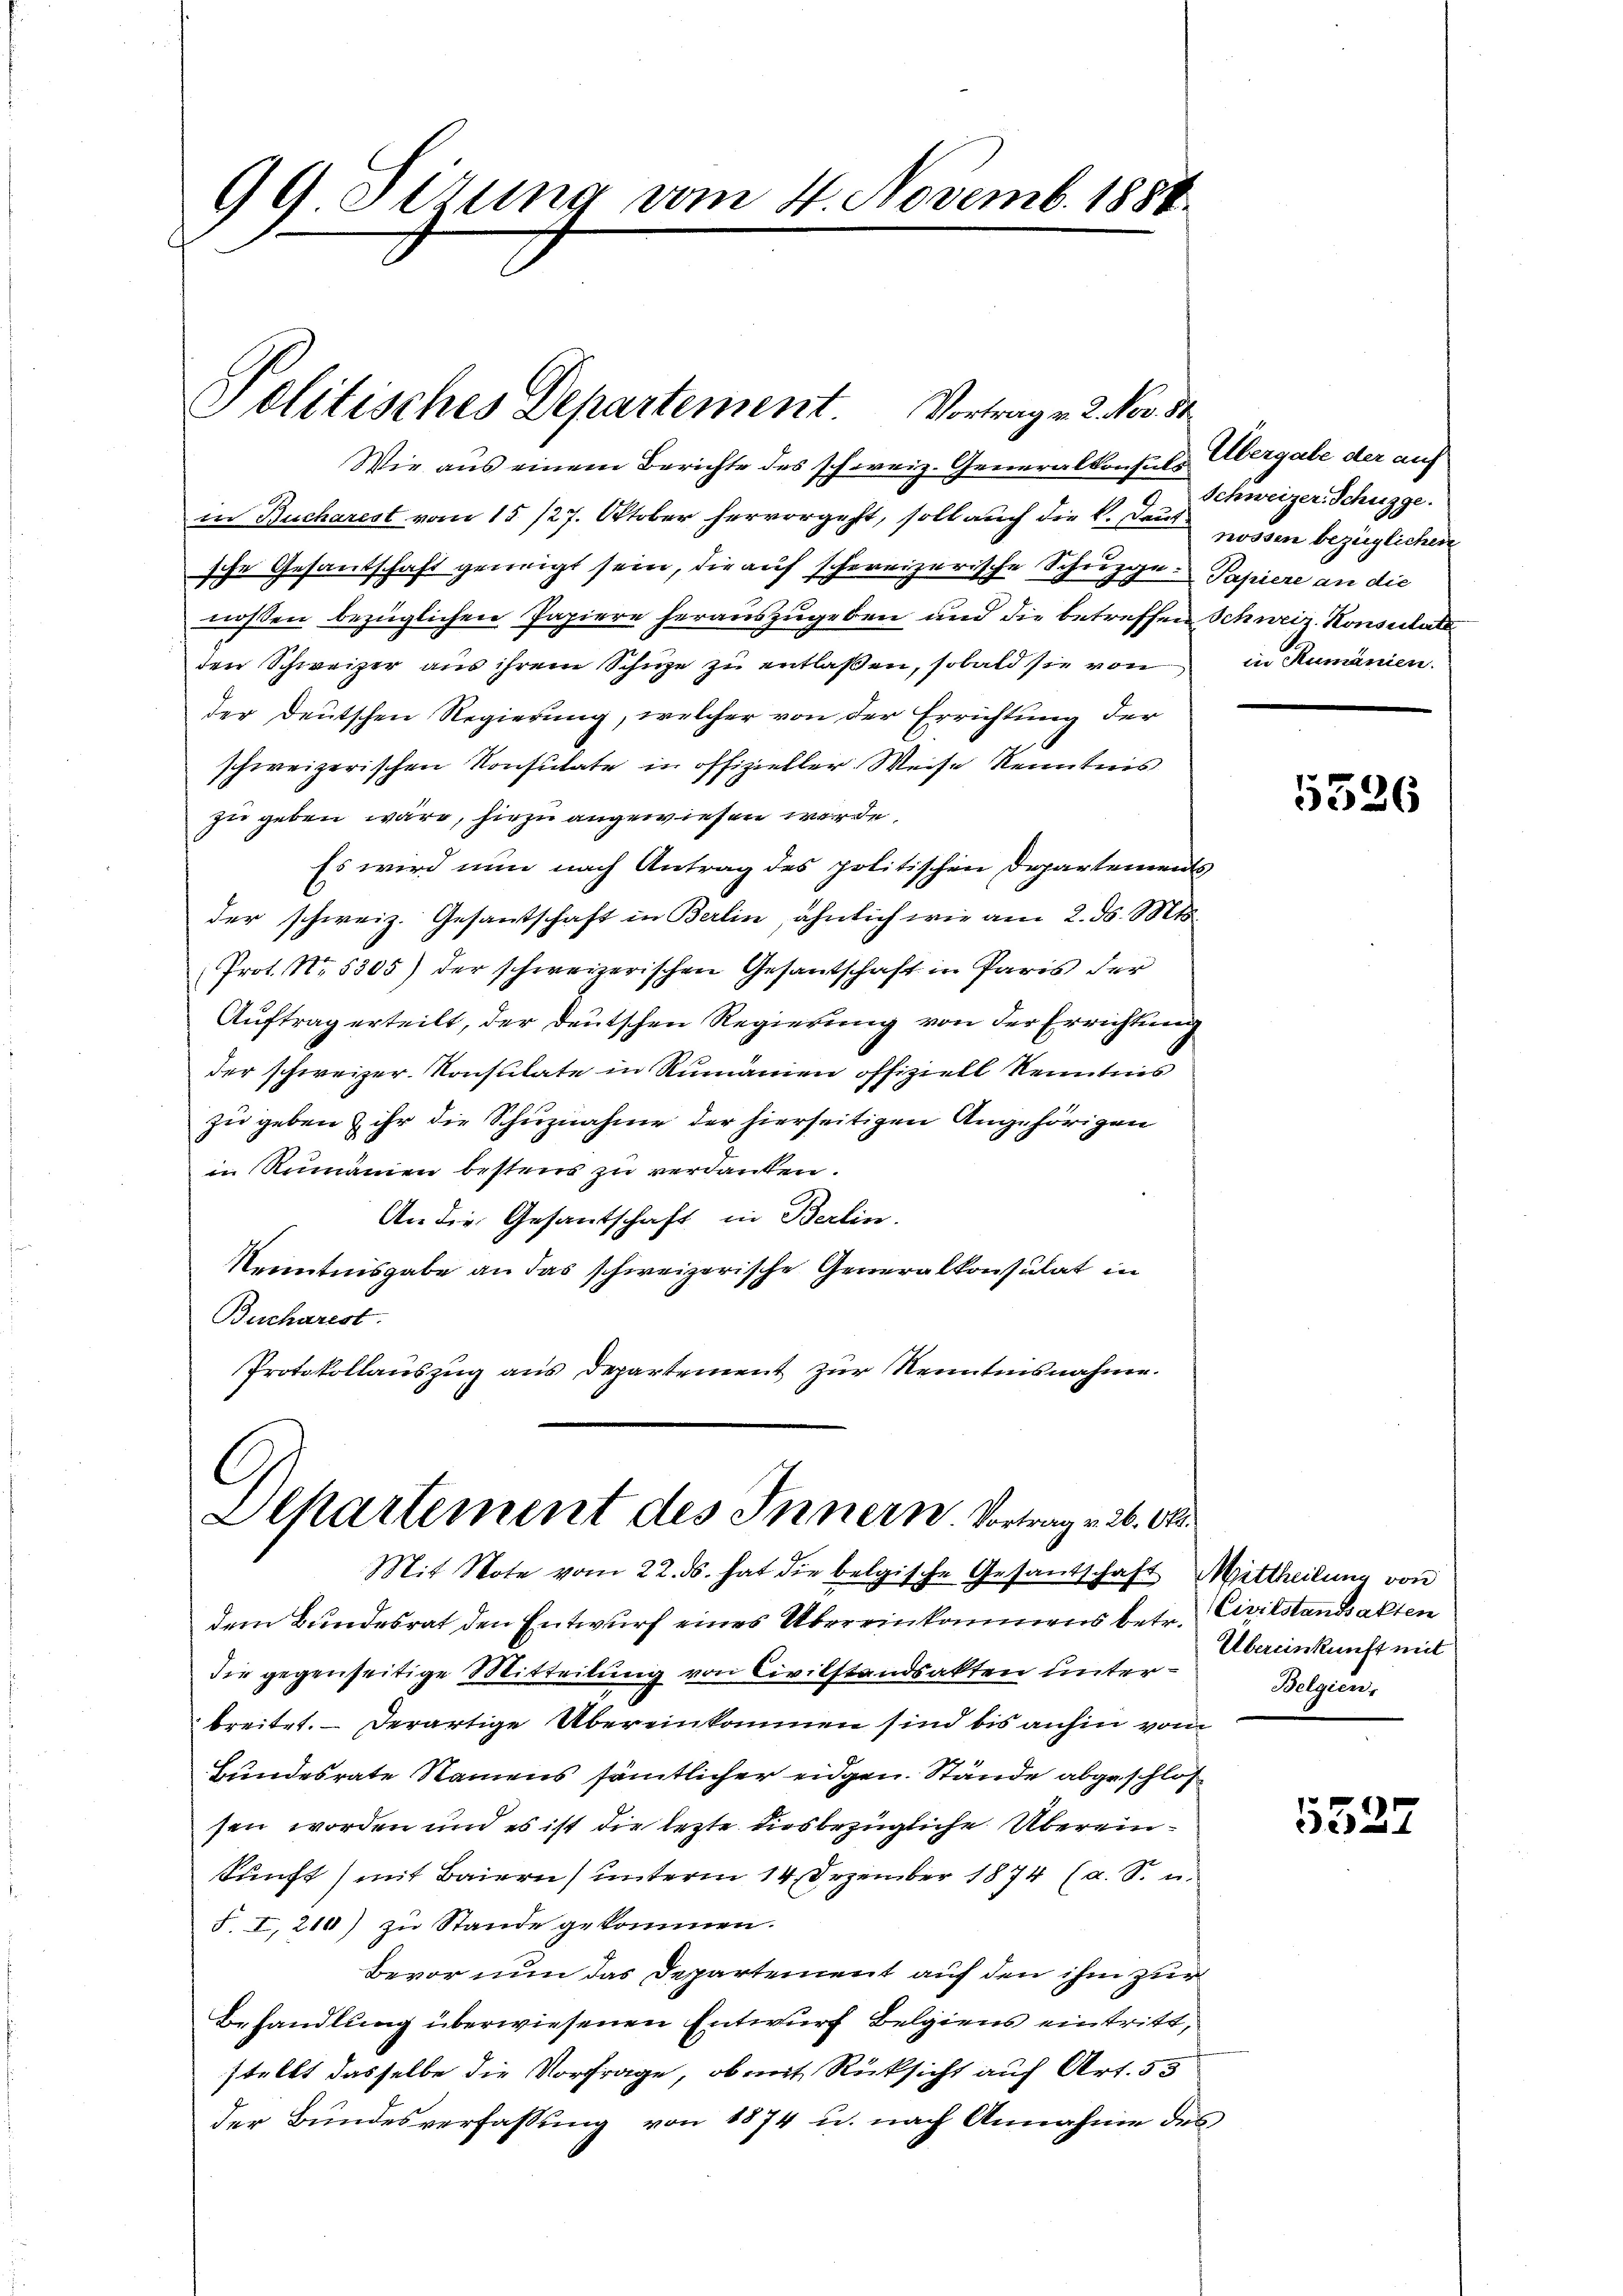
99 Sirung vom 4. Novemb. 1888.

Wie aus einem Berichte des schweiz. Generalkonsuls Übergabe der auf
in Bucharest vom 15. 127. Oktober hervorgeht, soll auch die k. Kassen bezüglichen
sche Gesandschaft geneigt sein, die auf schweizerische Schuzge. Papiere an die
nossen bezüglichen Papiere herauszugeben und die betreffen Schweiz. Konsulat
den Schweizer aus ihrem Schuze zu entlaßen, sobald sie von
der Deutschen Regierung, welcher von der Errichtung der
schweizerischen Konsulate in offizieller Weise Kenntnis
zu geben wäre, hiezu angewiesen werde.
Es wird nun nach Antrag des politischen Departements
der schweiz. Gesantschaft in Berlin, ähnlich wie am 2. d. Mts.
Prot. No. 5305) der schweizerischen Gesantschaft in Paris der
Auftrag erteilt, der deutschen Regierung von der Errichtung
der schweizer. Konsulate in Rumänien offiziell Kenntnis
zu geben & ihr die Schuznahme der hierseitigen Angehörigen
in Rumänien bestens zu verdanken.
An die Gesantschaft in Berlin.
Kenntnisgabe an das schweizerische Generalkonsulat in
Bucharest.
Protokollauszug aus Departement zur Kenntnisnahme.

Politisches Departement. Vortrag v. 2. Nov. 31

Departement des Innern Vortrag v. 26. Ok

Mit Note vom 22. ds. hat die belgische Gesandschaft Mittheilung von
dem Bundesrat den Entwurf eines Übereinkommens betr. Civilstandsakten
die gegenseitige Mitteilung von Civilstandsakten unterbreitet. - Derartige Übereinkommen sind bis anhin vom
Bundesrate Namens sämtlicher eidgen. Stände abgeschlossen worden und es ist die lezte diesbezügliche Übereinkunft mit Baiern) unterm 14. Dezember 1874 (a. S. u.
S. I, 210) zu Stande gekommen.
Bevor nun das Departement auf den ihm zur
Behandlung überwiesenen Entwurf Belgiens eintritt,
stellt dasselbe die Vorfrage, ob mit Rücksicht auf Art. 53
der Bundesverfassung von 1874 u. nach Annahme des

9 Schweizer-Schüzge.
in Rumänien.

5326

Übereinkunft mit
Belgien,

5537